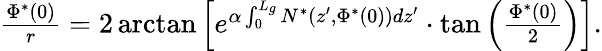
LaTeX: \begin{array}{r}{\frac{\Phi^{*}(0)}{r}=2\arctan\Big[e^{\alpha\int_{0}^{L_{g}}N^{*}(z^{\prime},\Phi^{*}(0))dz^{\prime}}\cdot\tan\Big(\frac{\Phi^{*}(0)}{2}\Big)\Big].}\end{array}